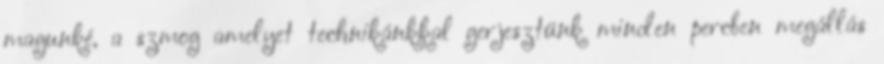
magunké, a szmog amelyet technikánkkal gerjesztünk minden percben megállás